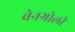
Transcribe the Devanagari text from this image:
वेनगोली